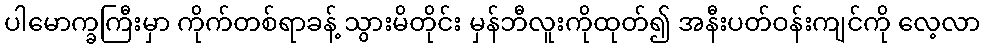
ပါမောက္ခကြီးမှာ ကိုက်တစ်ရာခန့် သွားမိတိုင်း မှန်ဘီလူးကိုထုတ်၍ အနီးပတ်ဝန်းကျင်ကို လေ့လာ